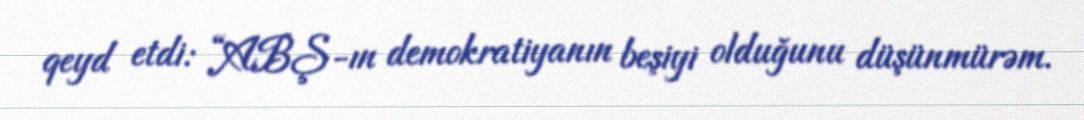
qeyd etdi: “ABŞ-ın demokratiyanın beşiyi olduğunu düşünmürəm.